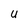
Character: U